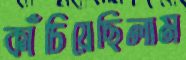
কাঁচিয়েছিলাম